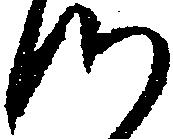
つ